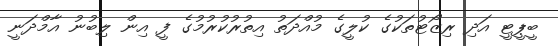
ބީޕީޓީ އަދި ރިޒޯޓުތަކުގެ ކުލީގެ މުއްދަތު އިތުރުކުރުމުގެ ފީ އިން ލިބުނު އާމްދަނީ